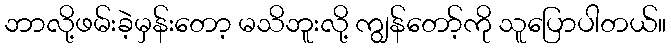
ဘာလို့ဖမ်းခဲ့မှန်းတော့ မသိဘူးလို့ ကျွန်တော့်ကို သူပြောပါတယ်။